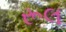
રૂલ